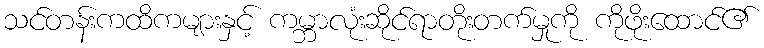
သင်တန်းကထိကများနှင့် ကမ္ဘာလုံးဆိုင်ရာတိုးတက်မှုကို ကိုဖိုးထောင်၏